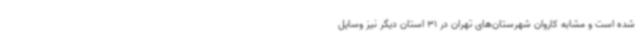
شده است و مشابه کاروان شهرستان‌های تهران در 31 استان دیگر نیز وسایل